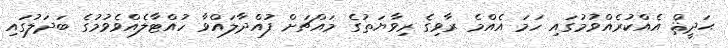
ޙަދީޘް އެއްކުރެއްވުމުގައި ހަމަ އެއްމެ ރާވިިގެ ރިވާޔަތުގެ މައްޗަށް ފުއްދާލައްވާ ހުއްޓާލެއްވެވުމުގެ ބަދަލުގައި